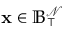
\mathbf { x } \in \mathbb { B } _ { \intercal } ^ { \mathcal { N } }